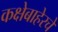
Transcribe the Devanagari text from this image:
कक्षेबाहेरचे